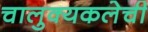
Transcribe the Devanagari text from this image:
चालुक्यकलेची